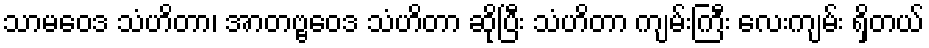
သာမဝေဒ သံဟိတာ၊ အာတဗ္ဗဝေဒ သံဟိတာ ဆိုပြီး သံဟိတာ ကျမ်းကြီး လေးကျမ်း ရှိတယ်